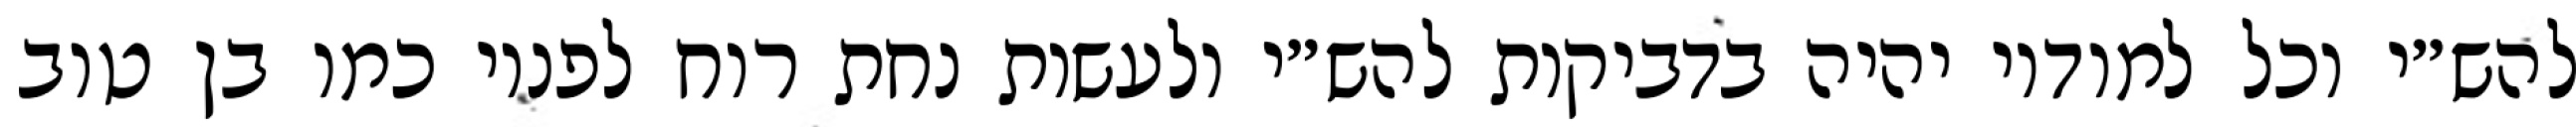
להש״י וכל למודיו יהיה בדביקות להש״י ולעשות נחת רוח לפניו כמו בן טוב